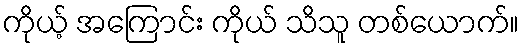
ကိုယ့် အကြောင်း ကိုယ် သိသူ တစ်ယောက်။